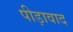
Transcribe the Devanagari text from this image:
पीड़ावाद